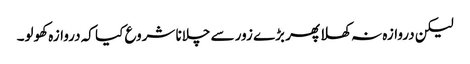
لیکن دروازہ نہ کھلا پھر بڑے زور سے چلانا شروع کیا کہ دروازہ کھولو۔